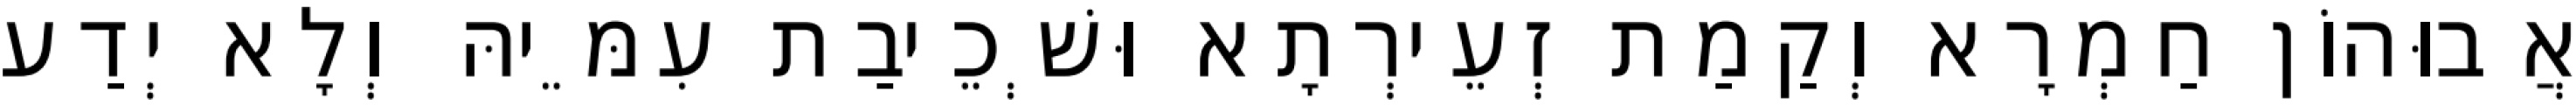
אֲבוּהוֹן חַמְרָא וְקַמַת זְעֵירְתָא וּשְׁכֵיבַת עִמֵּיהּ וְלָא יְדַע